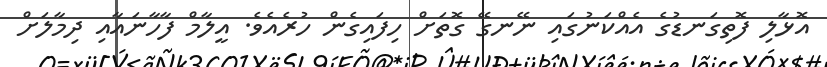
އޮޅާލި ފޮތިގަނޑުގެ އެއްކަނުގައި ނޭނގޭ ގޮތަށް ހިފައިގެން ހުރެއެވެ. އީލާމް ފާހާނައާއި ދިމާލަށް